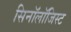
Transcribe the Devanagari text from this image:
सिनॉलॉजिस्ट